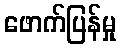
ဖောက်ပြန်မှု